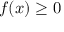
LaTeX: f ( x ) \geq 0